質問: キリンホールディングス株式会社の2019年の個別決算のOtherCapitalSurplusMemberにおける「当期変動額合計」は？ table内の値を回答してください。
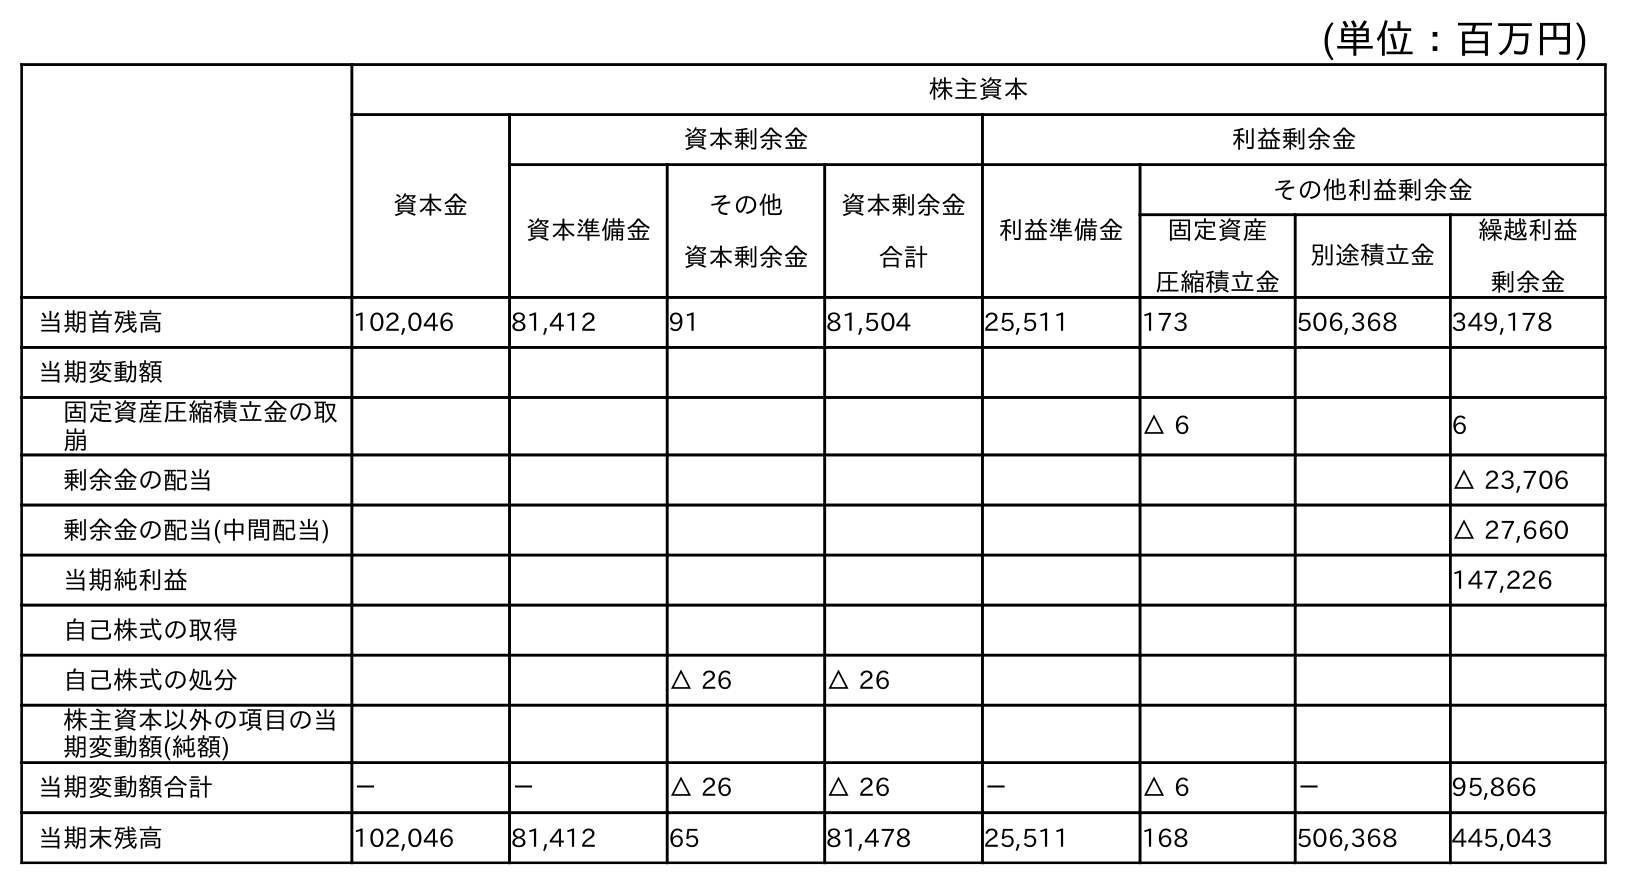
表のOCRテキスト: (単位：百万円) 株主資本 資本金 資本剰余金 利益剰余金 資本準備金 その他 資本剰余金 資本剰余金 合計 利益準備金 その他利益剰余金 固定資産 圧縮積立金 別途積立金 繰越利益 剰余金 当期首残高 102,046 81,412 91 81,504 25,511 173 506,368 349,178 当期変動額 固定資産圧縮積立金の取 崩 △ 6 6 剰余金の配当 △ 23,706 剰余金の配当(中間配当) △ 27,660 当期純利益 147,226 自己株式の取得 自己株式の処分 △ 26 △ 26 株主資本以外の項目の当 期変動額(純額) 当期変動額合計 － － △ 26 △ 26 － △ 6 － 95,866 当期末残高 102,046 81,412 65 81,478 25,511 168 506,368 445,043
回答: △26